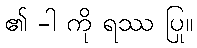
၏ -ါ ကို ရဿ ပြု။